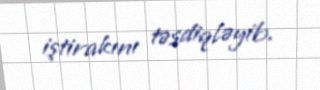
iştirakını təsdiqləyib.